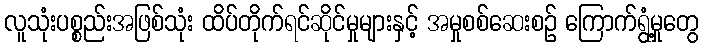
လူသုံးပစ္စည်းအဖြစ်သုံး ထိပ်တိုက်ရင်ဆိုင်မှုများနှင့် အမှုစစ်ဆေးစဉ် ကြောက်ရွံ့မှုတွေ